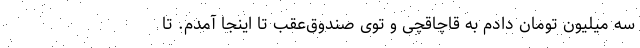
سه میلیون تومان دادم به قاچاقچی و توی صندوق‌عقب تا اینجا آمدم. تا